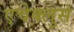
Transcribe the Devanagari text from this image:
एचेक्लुस